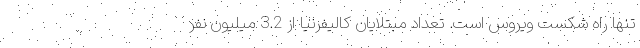
تنها راه شکست ویروس است. تعداد مبتلایان کالیفرنیا از 3.2 میلیون نفر